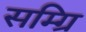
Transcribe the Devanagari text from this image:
सम्ग्रि